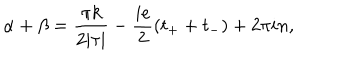
\alpha + \beta = \frac { \pi k } { 2 | \tau | } - \frac { i e } { 2 } ( t _ { + } + t _ { - } ) + 2 \pi i n ,